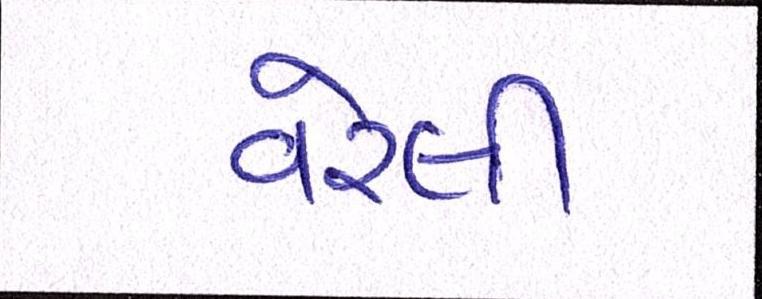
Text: વરેલી